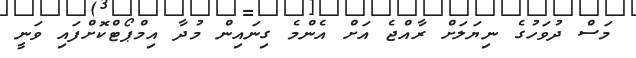
މަސް ދުވަހުގެ ނިޔަލަށް ރާއްޖެ އަށް އެންމެ ގިނައިން މުދާ އިމްޕޯޓްކޮށްފައި ވަނީ